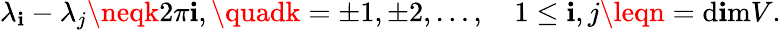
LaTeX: \lambda_{\mathbf{i}}-\lambda_{j}\neqk2\pi\mathbf{i},\quadk=\pm1,\pm2,\ldots,\quad1\leq\mathbf{i},j\leqn=\mathrm{{d\mathbf{i}m}}V.